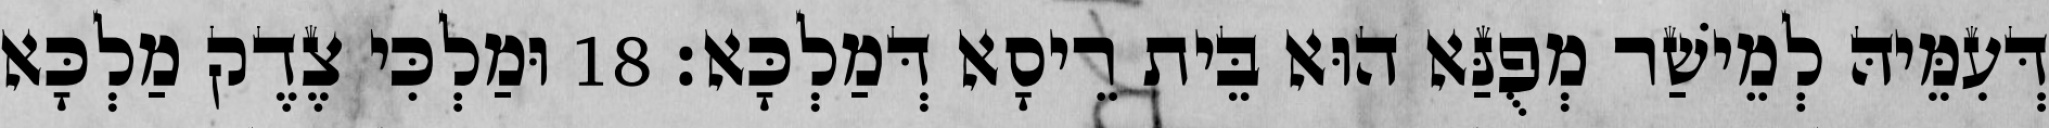
דְּעִמֵּיהּ לְמֵישַׁר מְפֻנַּא הוּא בֵּית רֵיסָא דְּמַלְכָּא׃ 18 וּמַלְכִּי צֶדֶק מַלְכָּא